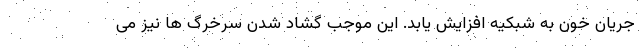
جریان خون به شبکیه افزایش یابد. این موجب گشاد شدن سرخرگ ها نیز می